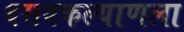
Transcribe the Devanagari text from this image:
बसवकल्याणला